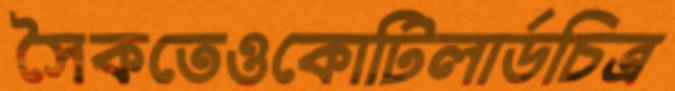
সৈকতেওকোটিলার্ডচিত্র